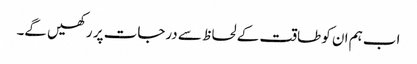
اب ہم ان کو طاقت کے لحاظ سے درجات پر رکھیں گے۔